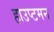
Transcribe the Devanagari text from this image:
हाउप्टमन